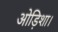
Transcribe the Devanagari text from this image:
ओड़िशा।